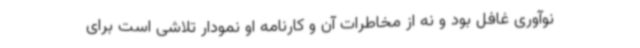
نوآوری غافل بود و نه از مخاطرات آن و کارنامه او نمودار تلاشی است برای